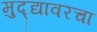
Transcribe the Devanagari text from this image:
मुद्द्यावरचा